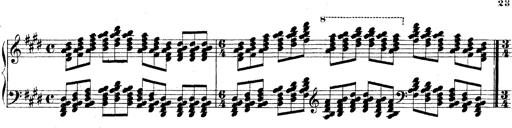
Title: Technische Studien
Composer: Franz Liszt